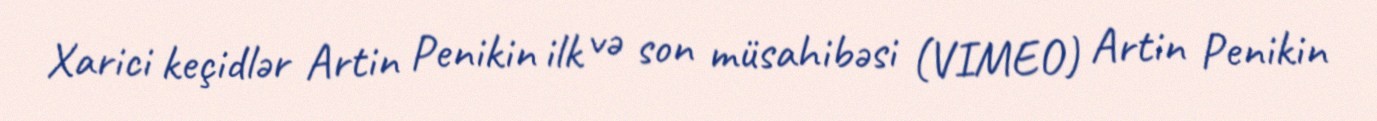
Xarici keçidlər Artin Penikin ilk və son müsahibəsi (VIMEO) Artin Penikin